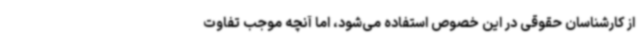
از کارشناسان حقوقی در این خصوص استفاده می‌شود، اما آنچه موجب تفاوت